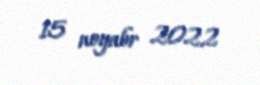
15 noyabr 2022